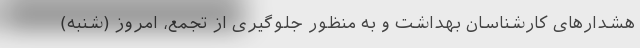
هشدارهای کارشناسان بهداشت و به منظور جلوگیری از تجمع، امروز (شنبه)